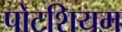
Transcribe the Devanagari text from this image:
पोटशियम